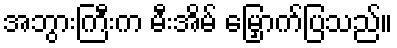
အဘွားကြီးက မီးအိမ် မြှောက်ပြသည်။